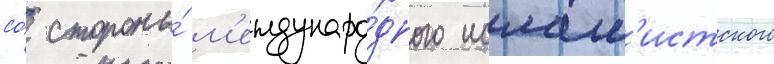
со́ стороны́ м'еждунаро́дного ислам'истского